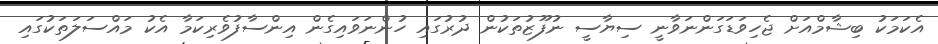
އެކަމަކު ބިޝާމްއަށް ޖެހިވަޑަގަންނަވާނީ ސިޔާސީ ނުފޫޒުތަކުން ދުރުގައި ހުންނަވައިގެން އިންސާފުވެރިކަމާ އެކު މައްސަލަތަކުގައި